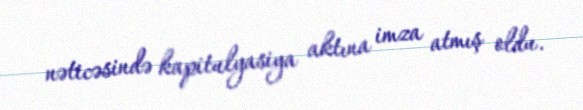
nəticəsində kapitulyasiya aktına imza atmış oldu.